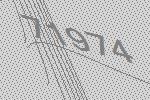
71974